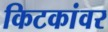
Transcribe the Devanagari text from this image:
किटकांवर